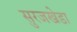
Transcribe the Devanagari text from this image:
सुरजखेडा